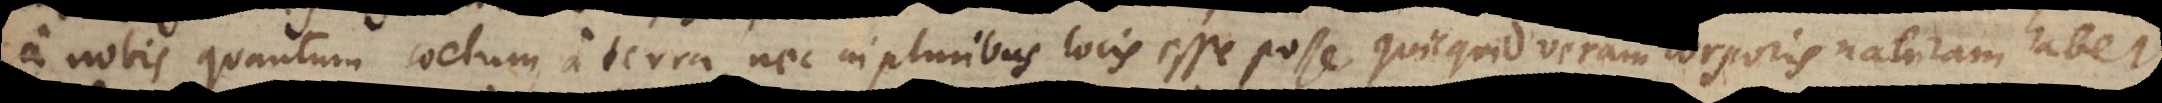
a nobis quantum coelum a terra, nec in pluribus locis esse posse, quicquid veram corporis naturam habet